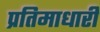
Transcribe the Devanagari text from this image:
प्रतिमाधारी